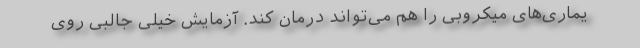
یماری‌های میکروبی را هم می‌تواند درمان کند. آزمایش خیلی جالبی روی